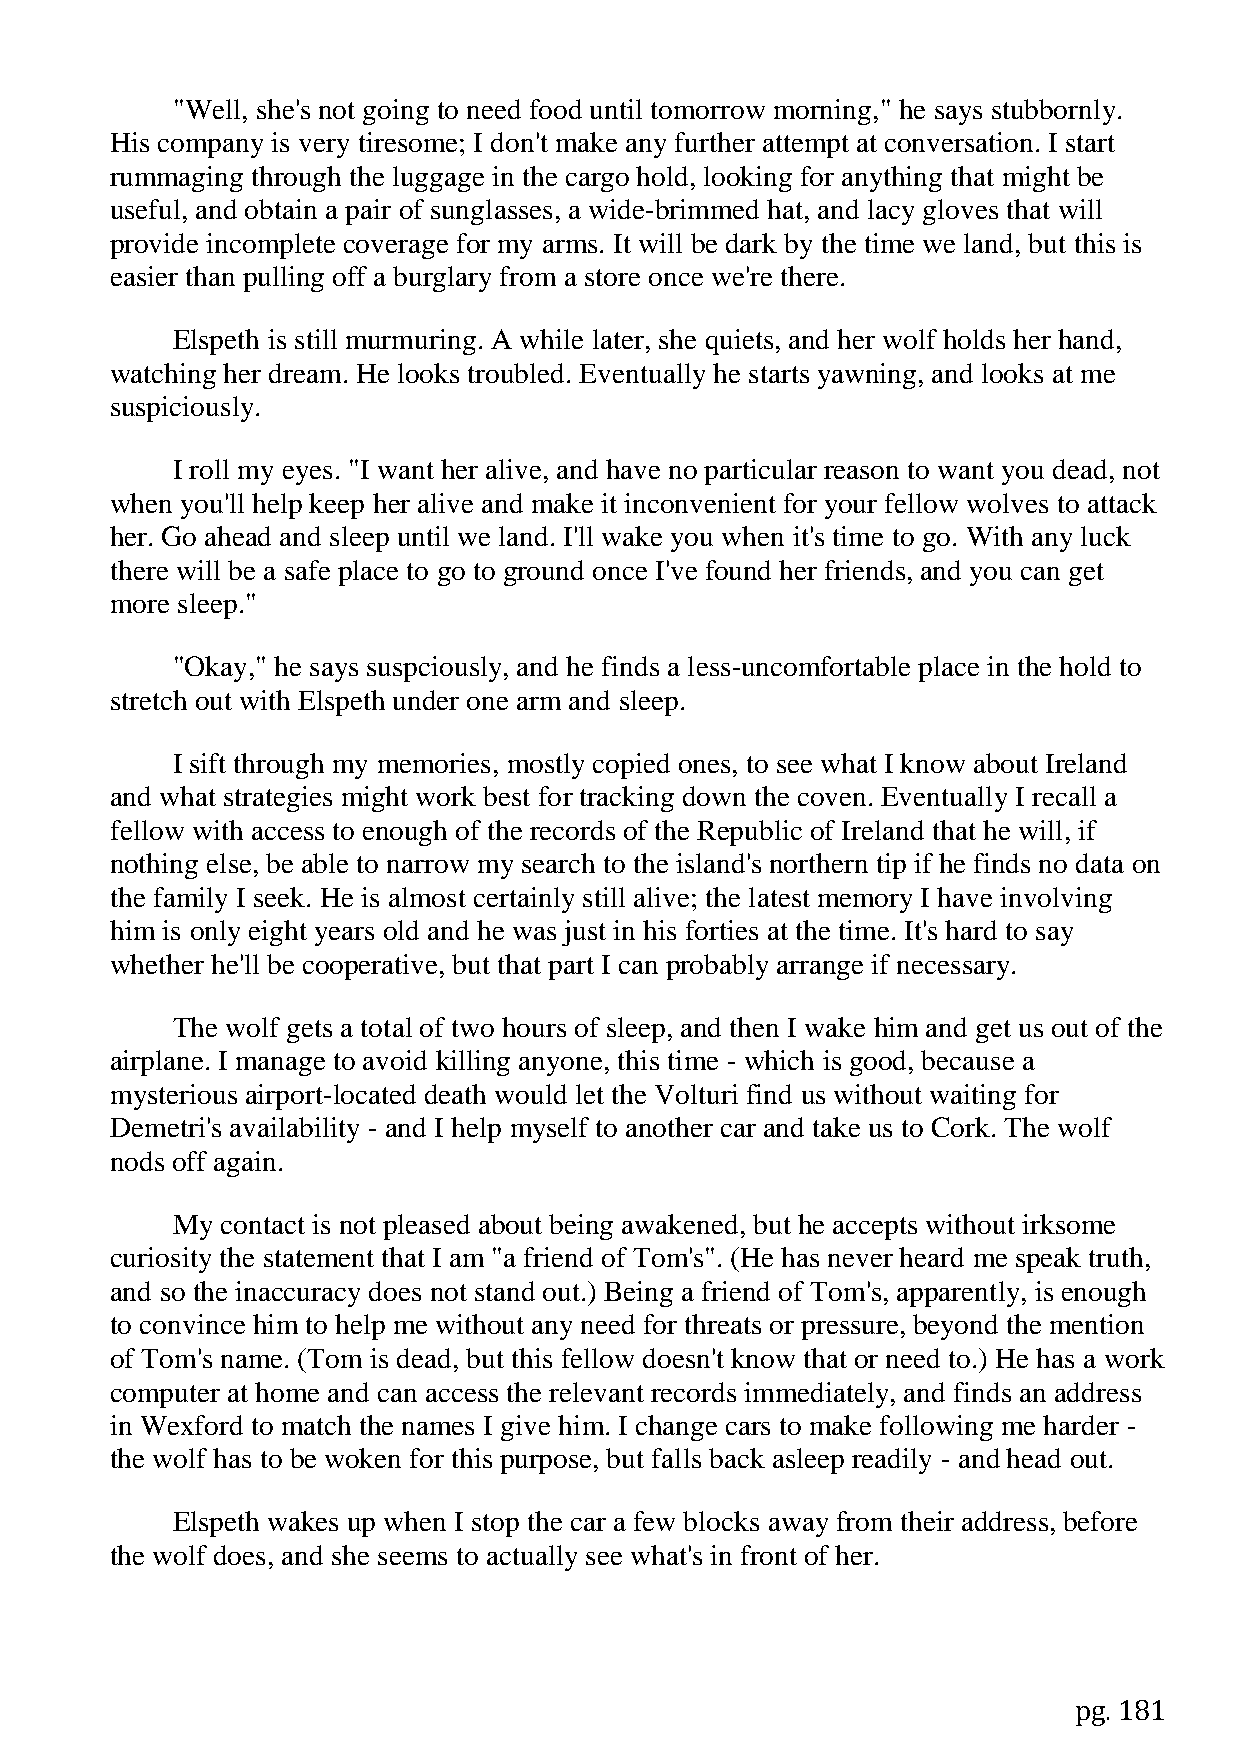
"Well, she's not going to need food until tomorrow morning," he says stubbornly.
 His company is very tiresome; I don't make any further attempt at conversation. I start
 rummaging through the luggage in the cargo hold, looking for anything that might be
 useful, and obtain a pair of sunglasses, a wide-brimmed hat, and lacy gloves that will
 provide incomplete coverage for my arms. It will be dark by the time we land, but this is
 easier than pulling off a burglary from a store once we're there.
 Elspeth is still murmuring. A while later, she quiets, and her wolf holds her hand,
 watching her dream. He looks troubled. Eventually he starts yawning, and looks at me
 suspiciously.
 I roll my eyes. "I want her alive, and have no particular reason to want you dead, not
 when you'll help keep her alive and make it inconvenient for your fellow wolves to attack
 her. Go ahead and sleep until we land. I'll wake you when it's time to go. With any luck
 there will be a safe place to go to ground once I've found her friends, and you can get
 more sleep."
 "Okay," he says suspciously, and he finds a less-uncomfortable place in the hold to
 stretch out with Elspeth under one arm and sleep.
 I sift through my memories, mostly copied ones, to see what I know about Ireland
 and what strategies might work best for tracking down the coven. Eventually I recall a
 fellow with access to enough of the records of the Republic of Ireland that he will, if
 nothing else, be able to narrow my search to the island's northern tip if he finds no data on
 the family I seek. He is almost certainly still alive; the latest memory I have involving
 him is only eight years old and he was just in his forties at the time. It's hard to say
 whether he'll be cooperative, but that part I can probably arrange if necessary.
 The wolf gets a total of two hours of sleep, and then I wake him and get us out of the
 airplane. I manage to avoid killing anyone, this time - which is good, because a
 mysterious airport-located death would let the Volturi find us without waiting for
 Demetri's availability - and I help myself to another car and take us to Cork. The wolf
 nods off again.
 My  contact is not pleased about being awakened, but he accepts without irksome
 curiosity the statement that I am "a friend of Tom's". (He has never heard me speak truth,
 and so the inaccuracy does not stand out.) Being a friend of Tom's, apparently, is enough
 to convince him to help me without any need for threats or pressure, beyond the mention
 of Tom's name. (Tom is dead, but this fellow doesn't know that or need to.) He has a work
 computer at home and can access the relevant records immediately, and finds an address
 in Wexford to match the names I give him. I change cars to make following me harder -
 the wolf has to be woken for this purpose, but falls back asleep readily - and head out.
 Elspeth wakes up when I stop the car a few blocks away from their address, before
 the wolf does, and she seems to actually see what's in front of her.
 pg. 181